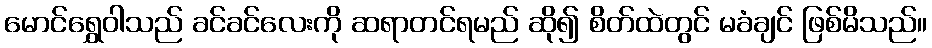
မောင်ရွှေဝါသည် ခင်ခင်လေးကို ဆရာတင်ရမည် ဆို၍ စိတ်ထဲတွင် မခံချင် ဖြစ်မိသည်။